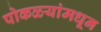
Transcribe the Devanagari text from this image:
पोकळ्यांमधून